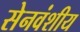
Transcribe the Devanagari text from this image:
सेनवंशीय